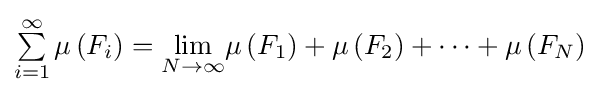
\textstyle \sum \limits _{i=1}^{\infty }\mu \left(F_{i}\right)={\displaystyle \lim _{N\to \infty }}\mu \left(F_{1}\right)+\mu \left(F_{2}\right)+\cdots +\mu \left(F_{N}\right)